Insane asylums in Bengal annual reports 1867-1875 - 1867-1875
Year: 1867
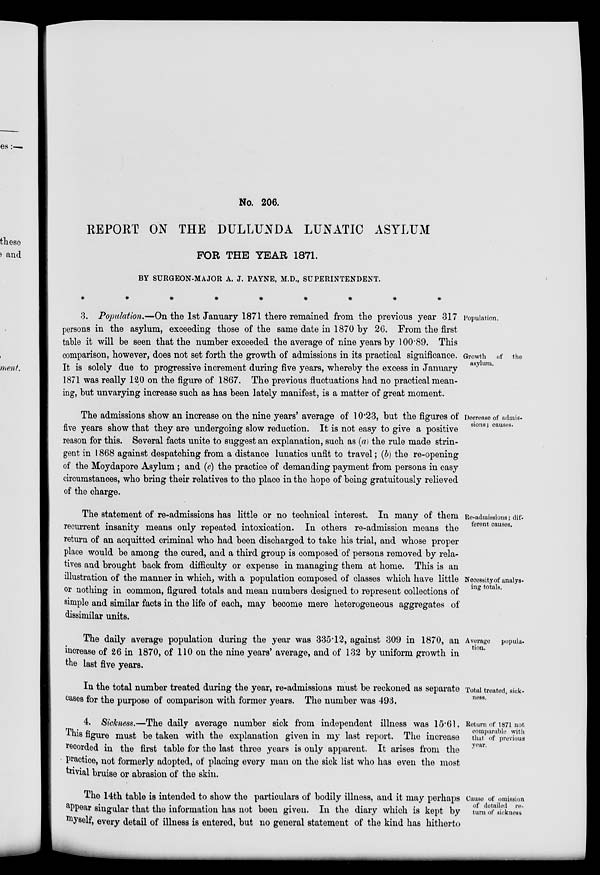
No. 206.
REPORT ON THE DULLUNDA LUNATIC ASYLUM
FOR THE YEAR 1871.
BY SURGEON-MAJOR A. J. PAYNE, M.D., SUPERINTENDENT.
*********
Population.
Growth of the
asylum.
3. Population.—On the 1st January 1871 there remained from the previous year 317
persons in the asylum, exceeding those of the same date in 1870 by 26. From the first
table it will be seen that the number exceeded the average of nine years by 100.89. This
comparison, however, does not set forth the growth of admissions in its practical significance.
It is solely due to progressive increment during five years, whereby the excess in January
1871 was really 120 on the figure of 1867. The previous fluctuations had no practical mean-
ing, but unvarying increase such as has been lately manifest, is a matter of great moment.
Decrease of admis-
sions; causes.
The admissions show an increase on the nine years' average of 10.23, but the figures of
five years show that they are undergoing slow reduction. It is not easy to give a positive
reason for this. Several facts unite to suggest an explanation, such as (a) the rule made strin-
gent in 1868 against despatching from a distance lunatics unfit to travel ; (b) the re-opening
of the Moydapore Asylum ; and (c) the practice of demanding payment from persons in easy
circumstances, who bring their relatives to the place in the hope of being gratuitously relieved
of the charge.
Re-admissions; dif-
ferent causes.
Necessity of analys-
ing totals.
The statement of re-admissions has little or no technical interest. In many of them
recurrent insanity means only repeated intoxication. In others re-admission means the
return of an acquitted criminal who had been discharged to take his trial, and whose proper
place would be among the cured, and a third group is composed of persons removed by rela-
tives and brought back from difficulty or expense in managing them at home. This is an
illustration of the manner in which, with a population composed of classes which have little
or nothing in common, figured totals and mean numbers designed to represent collections of
simple and similar facts in the life of each, may become mere heterogeneous aggregates of
dissimilar units.
Average popula-
tion.
The daily average population during the year was 335.12, against 309 in 1870, an
increase of 26 in 1870, of 110 on the nine years' average, and of 132 by uniform growth in
the last five years.
Total treated, sick-
ness.
In the total number treated during the year, re-admissions must be reckoned as separate
cases for the purpose of comparison with former years. The number was 493.
Return of 1871 not
comparable with
that of previous
year.
4. Sickness.—The daily average number sick from independent illness was 15.61.
This figure must be taken with the explanation given in my last report. The increase
recorded in the first table for the last three years is only apparent. It arises from the
practice, not formerly adopted, of placing every man on the sick list who has even the most
trivial bruise or abrasion of the skin.
Cause of omission
of detailed re-
turn of sickness
The 14th table is intended to show the particulars of bodily illness, and it may perhaps
appear singular that the information has not been given. In the diary which is kept by
myself, every detail of illness is entered, but no general statement of the kind has hitherto